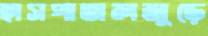
হাসপাতালজুড়ে